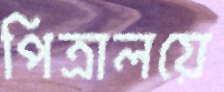
পিত্রালয়ে